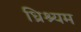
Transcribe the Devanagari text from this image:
ध्रिश्यम